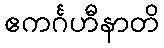
ဧကင်္ဂဟီနာတိ